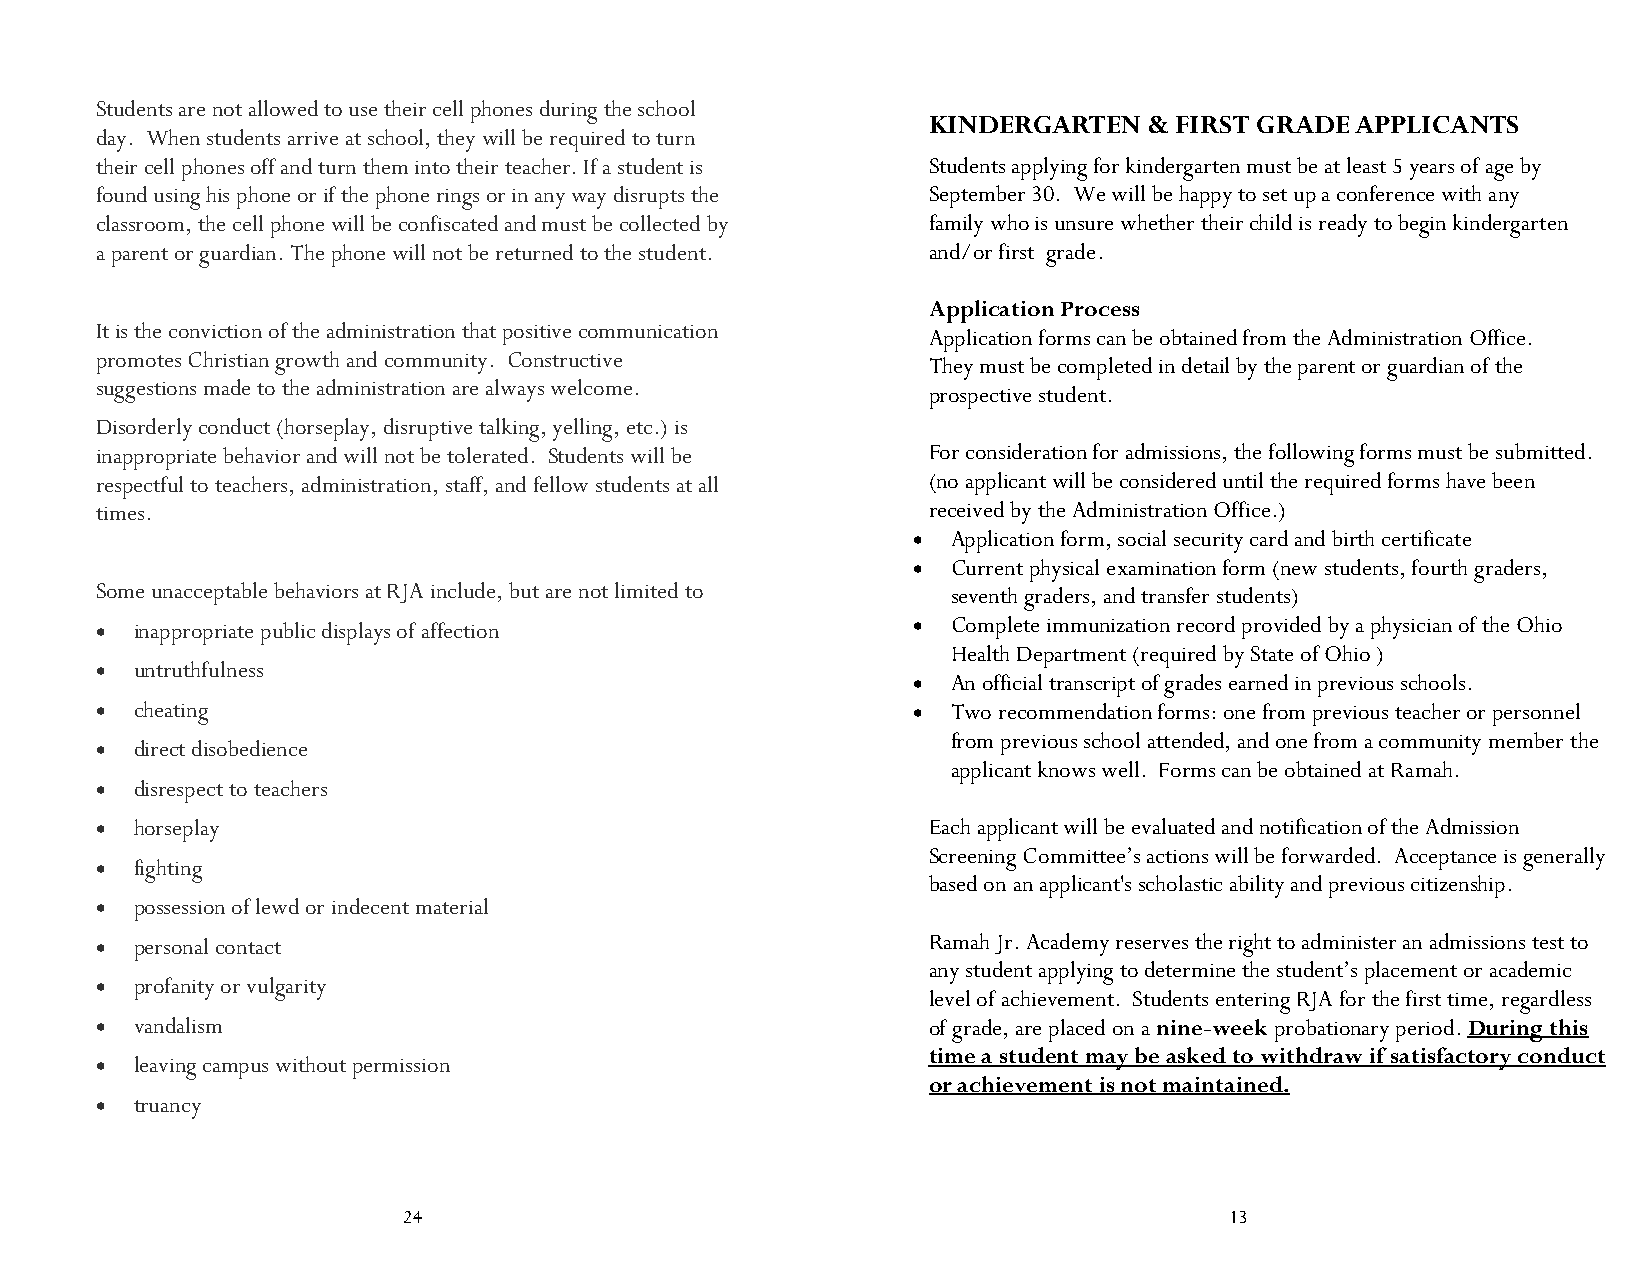
Students are not allowed to use their cell phones during the school
 KINDERGARTEN   & FIRST GRADE APPLICANTS
 day. When students arrive at school, they will be required to turn
 their cell phones off and turn them into their teacher. If a student is Students applying for kindergarten must be at least 5 years of age by
 found using his phone or if the phone rings or in any way disrupts the September 30. We will be happy to set up a conference with any
 classroom, the cell phone will be confiscated and must be collected by family who is unsure whether their child is ready to begin kindergarten
 a parent or guardian. The phone will not be returned to the student. and/or first grade.
 Application Process
 It is the conviction of the administration that positive communication
 Application forms can be obtained from the Administration Office.
 promotes Christian growth and community. Constructive
 They must be completed in detail by the parent or guardian of the
 suggestions made to the administration are always welcome.
 prospective student.
 Disorderly conduct (horseplay, disruptive talking, yelling, etc.) is
 inappropriate behavior and will not be tolerated. Students will be For consideration for admissions, the following forms must be submitted.
 respectful to teachers, administration, staff, and fellow students at all (no applicant will be considered until the required forms have been
 times.                                                 received by the Administration Office.)
 ·  Application form, social security card and birth certificate
 ·  Current physical examination form (new students, fourth graders,
 Some unacceptable behaviors at RJA include, but are not limited to seventh graders, and transfer students)
 ·  inappropriate public displays of affection         ·  Complete immunization record provided by a physician of the Ohio
 Health Department (required by State of Ohio )
 ·  untruthfulness
 ·  An official transcript of grades earned in previous schools.
 ·  cheating                                           ·  Two recommendation forms: one from previous teacher or personnel
 from previous school attended, and one from a community member the
 ·  direct disobedience
 applicant knows well. Forms can be obtained at Ramah.
 ·  disrespect to teachers
 ·  horseplay                                           Each applicant will be evaluated and notification of the Admission
 Screening Committee’s actions will be forwarded. Acceptance is generally
 ·  fighting
 based on an applicant's scholastic ability and previous citizenship.
 ·  possession of lewd or indecent material
 ·  personal contact                                    Ramah Jr. Academy reserves the right to administer an admissions test to
 any student applying to determine the student’s placement or academic
 ·  profanity or vulgarity
 level of achievement. Students entering RJA for the first time, regardless
 ·  vandalism                                           of grade, are placed on a nine-week probationary period. During this
 time a student may be asked to withdraw if satisfactory conduct
 ·  leaving campus without permission
 or achievement is not maintained.
 ·  truancy
 the teacher and administration will determine the next course of dent
 24                                                    13